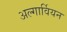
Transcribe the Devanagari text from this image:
अल्गार्वियन